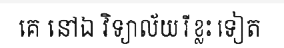
គេ នៅឯ វិទ្យាល័យ រី ខ្លះ ទៀត